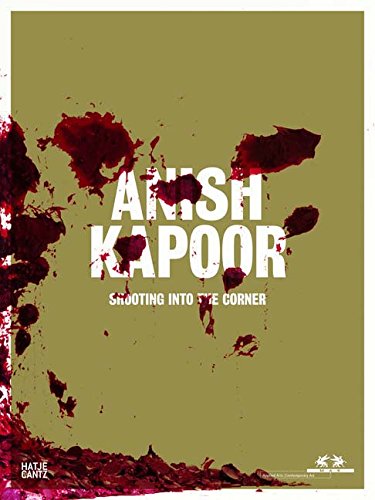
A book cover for Anish Kapoor: Shooting Into the Corner; Arts & Photography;